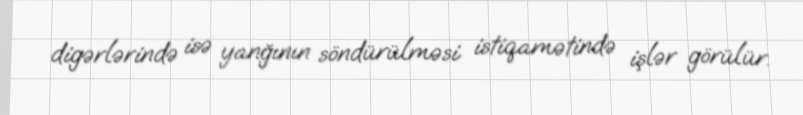
digərlərində isə yanğının söndürülməsi istiqamətində işlər görülür.